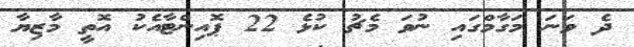
ދެ ވަނަ މަގާމްގައި ނުވަ މެޗު ކުޅެ 22 ޕޮއިންޓާއެކު އޮތީ މާޒިޔާ